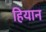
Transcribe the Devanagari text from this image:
हियान